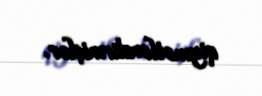
qiymətləndirmişlər.